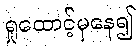
ရှုထောင့်မှနေ၍